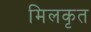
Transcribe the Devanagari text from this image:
मिलकृत